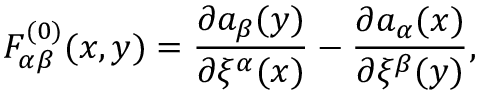
F _ { \alpha \beta } ^ { ( 0 ) } ( x , y ) = \frac { \partial a _ { \beta } ( y ) } { \partial \xi ^ { \alpha } ( x ) } - \frac { \partial a _ { \alpha } ( x ) } { \partial \xi ^ { \beta } ( y ) } ,